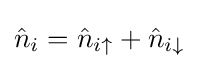
{\hat {n}}_{i}={\hat {n}}_{i\uparrow }+{\hat {n}}_{i\downarrow }